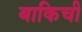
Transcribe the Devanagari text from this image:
बाकिची